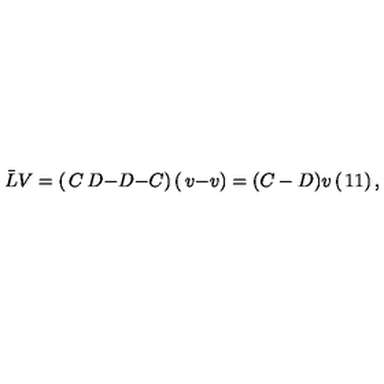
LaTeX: \bar { L } V = \left( \begin{matrix} { C } & { D } \\ { - D } & { - C } \\ \end{matrix} \right) \left( \begin{matrix} { v } \\ { - v } \\ \end{matrix} \right) = ( C - D ) v \left( \begin{matrix} { 1 } \\ { 1 } \\ \end{matrix} \right) ,